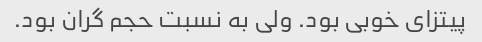
پیتزای خوبی بود. ولی به نسبت حجم گران بود.